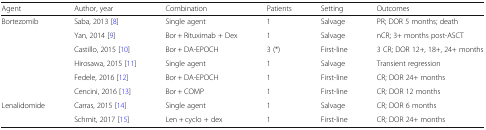
| Agent | Author, year | Combination | Patients | Setting | Outcomes |
 | --- | --- | --- | --- | --- | --- |
 | <ROWSPAN=6> Bortezomib | Saba, 2013 [8] | Single agent | 1 | Salvage | PR; DOR 5 months; death |
 | Yan, 2014 [9] | Bor + Rituximab + Dex | 1 | Salvage | nCR; 3+ months post-ASCT |
 | Castillo, 2015 [10] | Bor + DA-EPOCH | 3 (*) | First-line | 3 CR; DOR 12+, 18+, 24+ months |
 | Hirosawa, 2015 [11] | Single agent | 1 | Salvage | Transient regression |
 | Fedele, 2016 [12] | Bor + DA-EPOCH | 1 | First-line | CR; DOR 24+ months |
 | Cencini, 2016 [13] | Bor + COMP | 1 | First-line | CR; DOR 12 months |
 | <ROWSPAN=2> Lenalidomide | Carras, 2015 [14] | Single agent | 1 | Salvage | CR; DOR 6 months |
 | Schmit, 2017 [15] | Len + cyclo + dex | 1 | First-line | CR; DOR 24+ months |